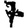
Digit: 7